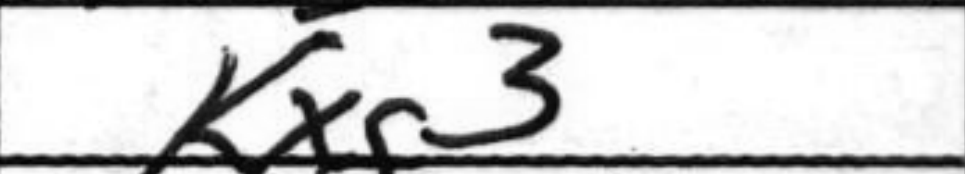
Transcription: Kxg3